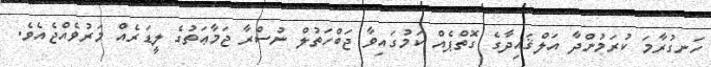
ހަނގުރާމަ ކުރަމުންދާ އަލްޤައިދާގެ ގޮތްޕެއް ކަމުގައިވާ ޖަބްހަތުލް ނުސްރާ ޖަމާޢަތުގެ ލީޑަރެއް މަރުވެއްޖެއެވެ.